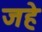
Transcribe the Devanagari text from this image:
जहे